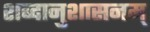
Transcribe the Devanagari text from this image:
शब्दानुशासनम्